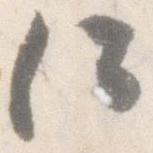
何